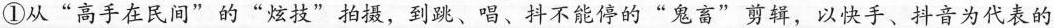
①从”高手在民间”的”炫技”拍摄，到跳、唱、抖不能停的”鬼畜”剪辑，以快手、抖音为代表的